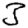
Digit: 3